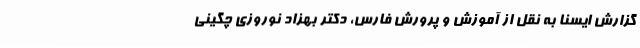
گزارش ایسنا به نقل از آموزش و پرورش فارس، دکتر بهزاد نوروزی چگینی